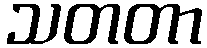
သတတာ